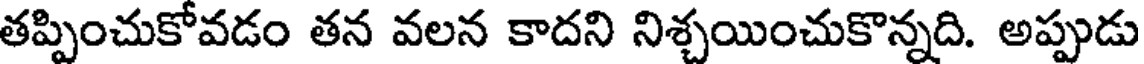
తప్పించుకోవడం తన వలన కాదని నిశ్చయించుకొన్నది. అప్పుడు